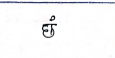
मजकूर: छं